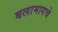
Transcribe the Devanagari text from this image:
बलामागचे